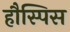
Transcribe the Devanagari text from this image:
हौस्पिस